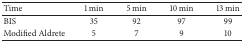
<table><thead><tr><td><b>Time </b></td><td><b>1 min </b></td><td><b>5 min </b></td><td><b>10 min </b></td><td><b>13 min </b></td></tr></thead><tbody><tr><td>BIS </td><td>35 </td><td>92 </td><td>97 </td><td>99 </td></tr><tr><td>Modified Aldrete </td><td>5 </td><td>7 </td><td>9 </td><td>10</td></tr></tbody></table>